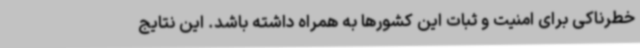
خطرناکی برای امنیت و ثبات این کشورها به همراه داشته باشد. این نتایج